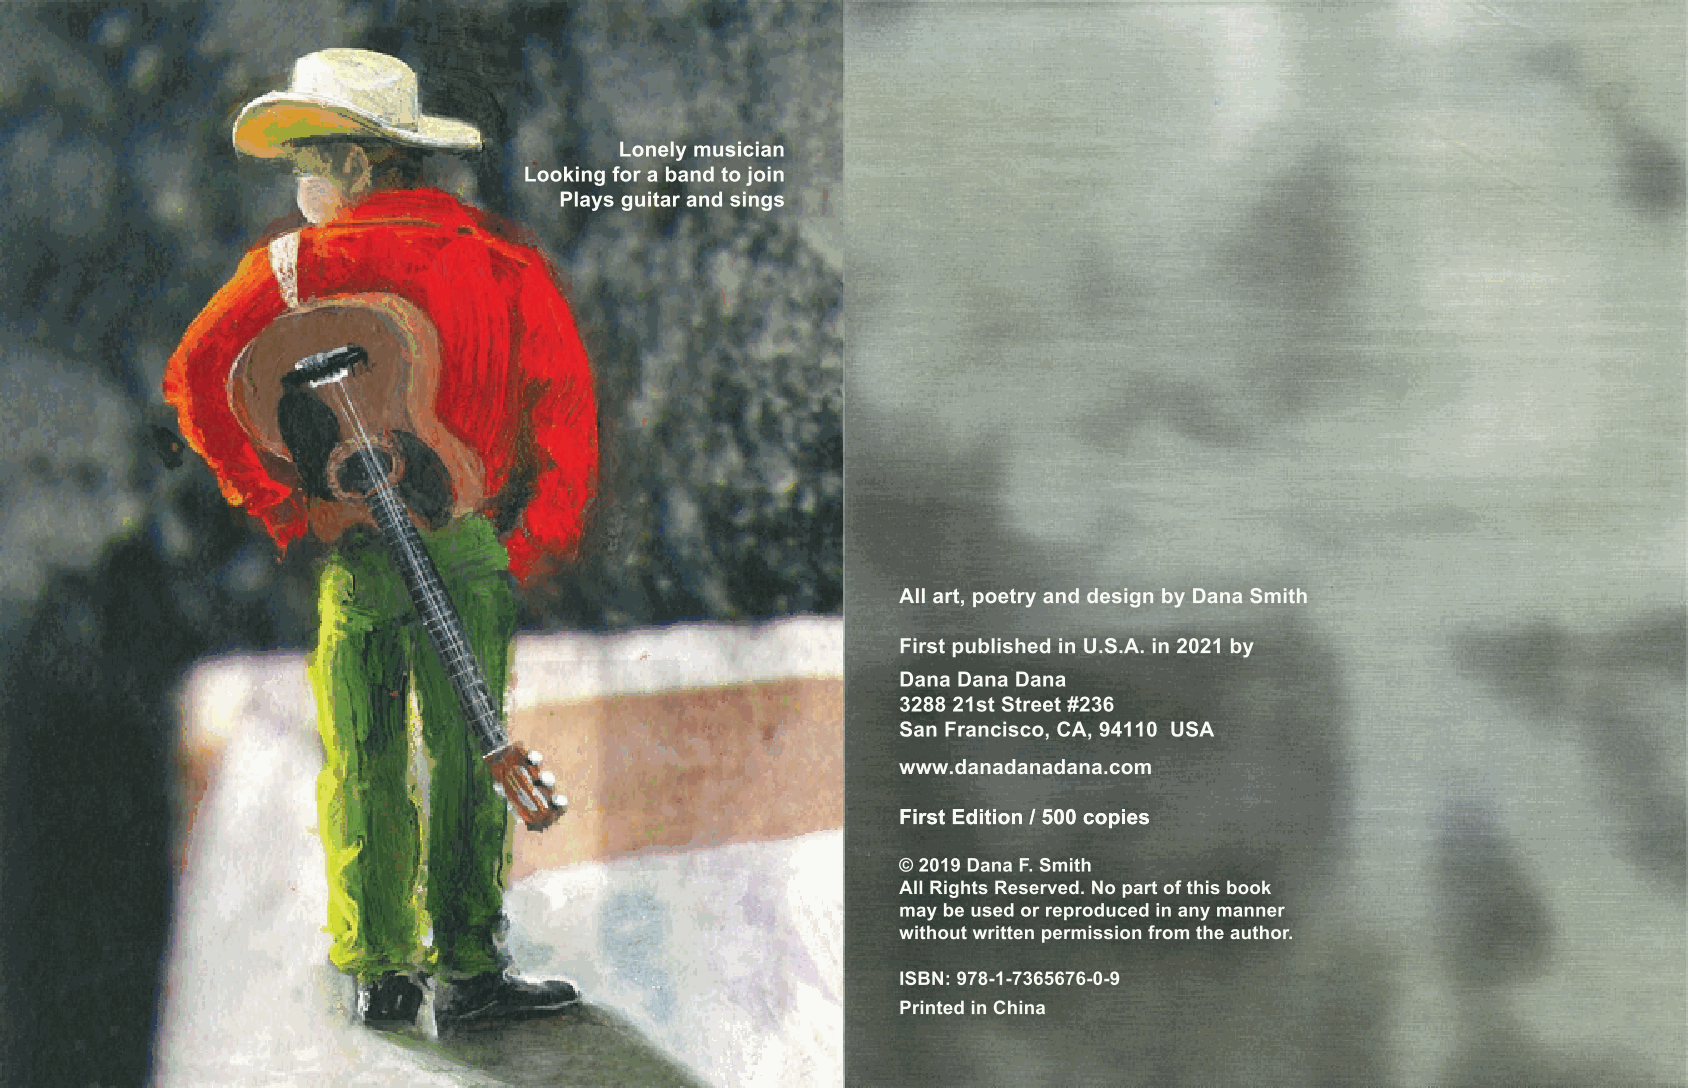
Lonely musician
 Looking for a band to join
 Plays guitar and sings
 All art, poetry and design by Dana Smith
 First published in U.S.A. in 2021 by
 Dana Dana Dana
 3288 21st Street #236
 San Francisco, CA, 94110 USA
 www.danadanadana.com
 FFiirrsstt EEddiittiioonn // 550000 ccooppiieess
 © 2019 Dana F. Smith
 All Rights Reserved. No part of this book
 may be used or reproduced in any manner
 without written permission from the author.
 ISBN: 978-1-7365676-0-9
 Printed in China